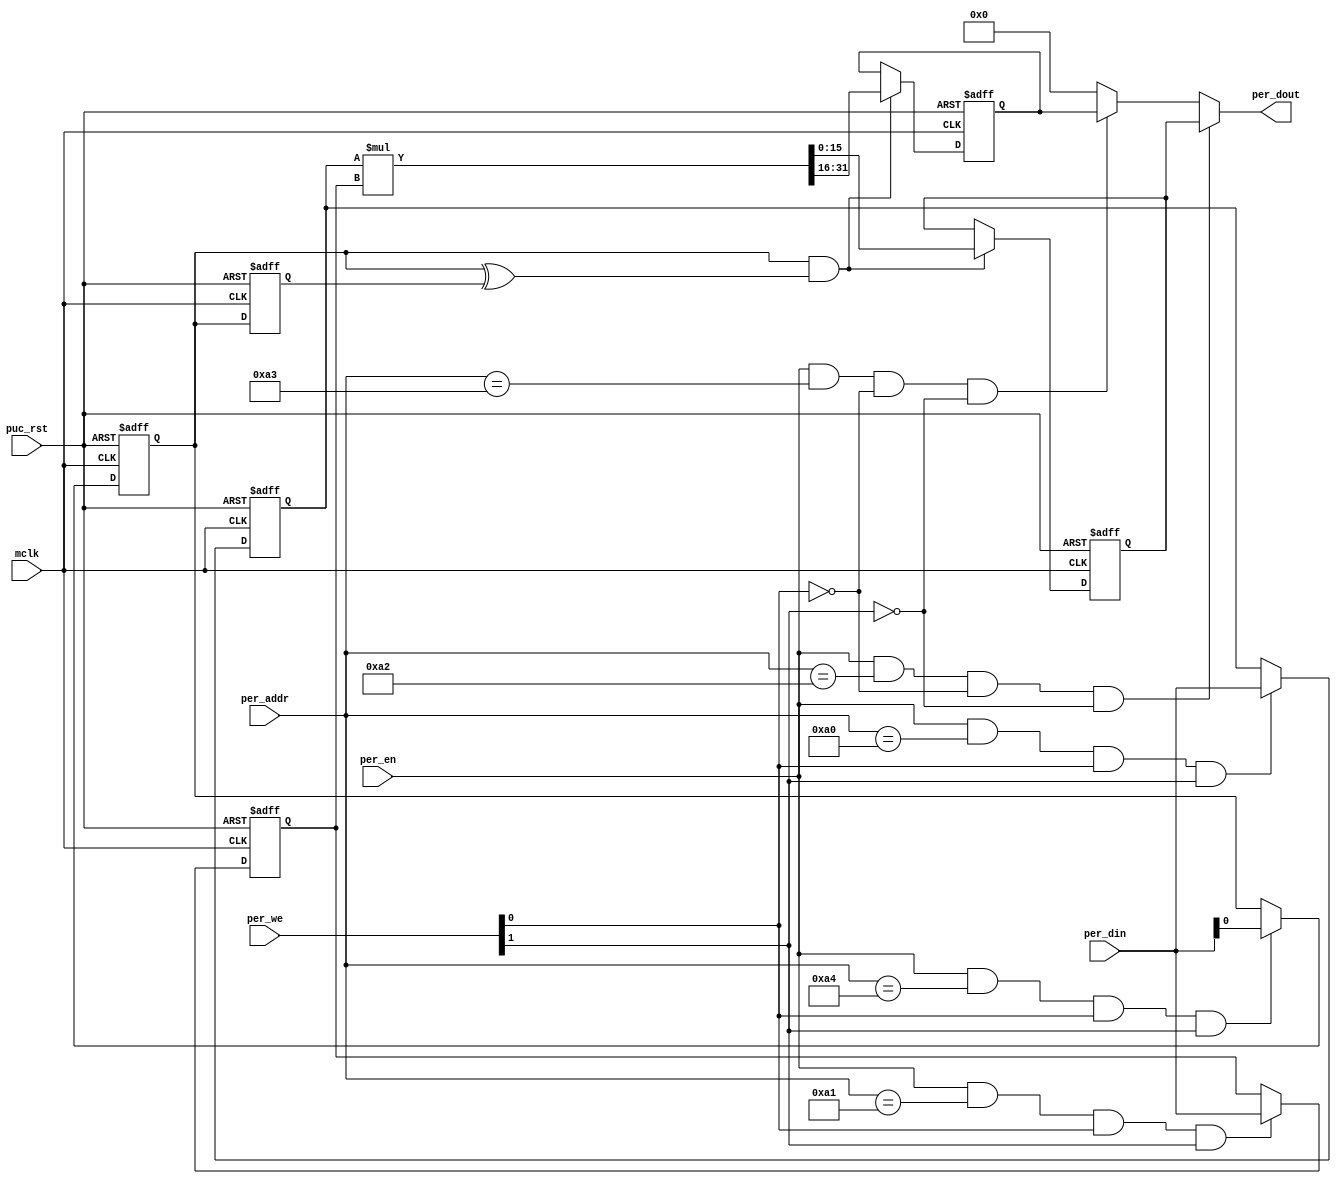
module  mymul (
	       output [15:0] per_dout,
	       input 	     mclk,
	       input [13:0]  per_addr,
	       input [15:0]  per_din,
	       input 	     per_en,
	       input [1:0]   per_we,
	       input 	     puc_rst
	       );
   
   reg [15:0] 		     hw_a;
   reg [15:0] 		     hw_b;
   reg [15:0] 		     hw_retvallo;
   reg [15:0] 		     hw_retvalhi;
   reg 			     hw_ctl;
   reg 			     hw_ctl_old;
   wire [31:0] 		     mulresult;
   
   wire 		     write_a;
   wire 		     write_b;
   wire 		     write_retval;
   wire 		     write_ctl;	
   
   always @(posedge mclk or posedge puc_rst)
     if (puc_rst)
       begin
	  hw_a        <= 16'h0;
	  hw_b        <= 16'h0;
	  hw_retvallo <= 16'h0;
	  hw_retvalhi <= 16'h0;
	  hw_ctl      <= 1'h0;
	  hw_ctl_old  <= 1'h0;
       end
     else
       begin
	  hw_a        <= write_a      ? per_din[15:0]    : hw_a;
	  hw_b        <= write_b      ? per_din[15:0]    : hw_b;
	  hw_retvallo <= write_retval ? mulresult[15:0]  : hw_retvallo;
	  hw_retvalhi <= write_retval ? mulresult[31:16] : hw_retvalhi;
	  hw_ctl      <= write_ctl    ? per_din[0]       : hw_ctl;
	  hw_ctl_old  <= hw_ctl;
       end
   
   assign mulresult = hw_a * hw_b;
   
   assign write_a      = (per_en & (per_addr == 14'hA0) & per_we[0] & per_we[1]);
   assign write_b      = (per_en & (per_addr == 14'hA1) & per_we[0] & per_we[1]);
   assign write_ctl    = (per_en & (per_addr == 14'hA4) & per_we[0] & per_we[1]);
   assign write_retval = ((hw_ctl == 1'h1) & (hw_ctl ^ hw_ctl_old));
   
   assign per_dout = (per_en & (per_addr == 14'hA2) & ~per_we[0] & ~per_we[1]) ? hw_retvallo : 
	             (per_en & (per_addr == 14'hA3) & ~per_we[0] & ~per_we[1]) ? hw_retvalhi : 16'h0;
   
   
endmodule